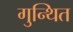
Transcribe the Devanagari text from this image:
गुन्थित